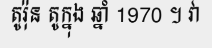
តូរ៉ុន តូក្នុង ឆ្នាំ 1970 ។ វា